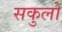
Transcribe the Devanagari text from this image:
सकुलों